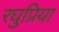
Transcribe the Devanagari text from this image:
रघुप्रिया